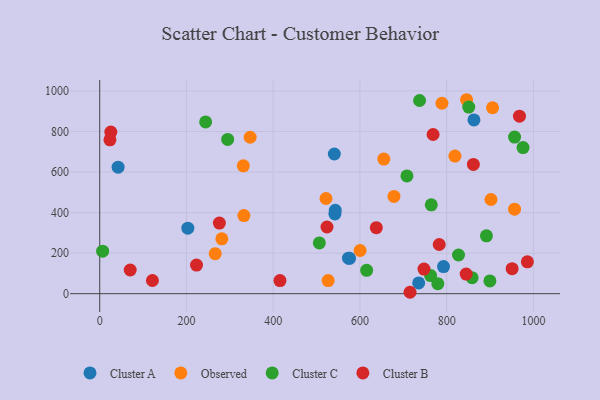
{"axis": {"x": "Engine Size", "y": "Sales"}, "legend": ["Cluster A", "Cluster B", "Cluster C", "Observed"], "data": [{"x": "42.4", "y": 623.8, "type": "Cluster A"}, {"x": "541.0", "y": 689.1, "type": "Cluster A"}, {"x": "576.1", "y": 174.5, "type": "Cluster A"}, {"x": "735.5", "y": 52.9, "type": "Cluster A"}, {"x": "792.7", "y": 133.9, "type": "Cluster A"}, {"x": "542.3", "y": 393.1, "type": "Cluster A"}, {"x": "573.6", "y": 175.2, "type": "Cluster A"}, {"x": "862.9", "y": 857.2, "type": "Cluster A"}, {"x": "203.2", "y": 323.3, "type": "Cluster A"}, {"x": "543.1", "y": 411.1, "type": "Cluster A"}, {"x": "600.4", "y": 213.1, "type": "Observed"}, {"x": "521.7", "y": 469.6, "type": "Observed"}, {"x": "956.5", "y": 416.9, "type": "Observed"}, {"x": "678.5", "y": 479.6, "type": "Observed"}, {"x": "905.8", "y": 917.0, "type": "Observed"}, {"x": "526.7", "y": 64.8, "type": "Observed"}, {"x": "902.2", "y": 464.7, "type": "Observed"}, {"x": "332.4", "y": 385.3, "type": "Observed"}, {"x": "789.1", "y": 939.4, "type": "Observed"}, {"x": "346.9", "y": 771.5, "type": "Observed"}, {"x": "819.1", "y": 678.8, "type": "Observed"}, {"x": "331.1", "y": 630.6, "type": "Observed"}, {"x": "655.1", "y": 664.2, "type": "Observed"}, {"x": "281.6", "y": 270.8, "type": "Observed"}, {"x": "266.3", "y": 197.3, "type": "Observed"}, {"x": "845.9", "y": 956.7, "type": "Observed"}, {"x": "976.1", "y": 720.7, "type": "Cluster C"}, {"x": "295.0", "y": 760.8, "type": "Cluster C"}, {"x": "899.7", "y": 63.0, "type": "Cluster C"}, {"x": "615.5", "y": 115.3, "type": "Cluster C"}, {"x": "244.2", "y": 847.3, "type": "Cluster C"}, {"x": "779.6", "y": 49.2, "type": "Cluster C"}, {"x": "6.7", "y": 209.6, "type": "Cluster C"}, {"x": "763.0", "y": 89.5, "type": "Cluster C"}, {"x": "827.3", "y": 190.9, "type": "Cluster C"}, {"x": "891.7", "y": 285.5, "type": "Cluster C"}, {"x": "956.6", "y": 772.5, "type": "Cluster C"}, {"x": "506.4", "y": 250.6, "type": "Cluster C"}, {"x": "764.5", "y": 438.1, "type": "Cluster C"}, {"x": "850.9", "y": 920.3, "type": "Cluster C"}, {"x": "858.7", "y": 79.1, "type": "Cluster C"}, {"x": "737.5", "y": 953.0, "type": "Cluster C"}, {"x": "708.4", "y": 580.8, "type": "Cluster C"}, {"x": "747.7", "y": 121.2, "type": "Cluster B"}, {"x": "861.6", "y": 637.4, "type": "Cluster B"}, {"x": "23.6", "y": 759.0, "type": "Cluster B"}, {"x": "524.1", "y": 328.9, "type": "Cluster B"}, {"x": "768.7", "y": 785.1, "type": "Cluster B"}, {"x": "275.9", "y": 348.2, "type": "Cluster B"}, {"x": "415.6", "y": 64.6, "type": "Cluster B"}, {"x": "845.0", "y": 96.8, "type": "Cluster B"}, {"x": "25.6", "y": 797.1, "type": "Cluster B"}, {"x": "782.8", "y": 242.7, "type": "Cluster B"}, {"x": "70.3", "y": 116.9, "type": "Cluster B"}, {"x": "967.9", "y": 875.7, "type": "Cluster B"}, {"x": "223.2", "y": 141.2, "type": "Cluster B"}, {"x": "637.8", "y": 325.7, "type": "Cluster B"}, {"x": "986.1", "y": 157.0, "type": "Cluster B"}, {"x": "950.9", "y": 123.2, "type": "Cluster B"}, {"x": "121.5", "y": 65.1, "type": "Cluster B"}, {"x": "715.5", "y": 7.0, "type": "Cluster B"}]}